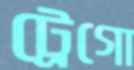
ট্রেগো